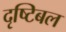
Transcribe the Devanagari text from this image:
दृष्टिबल